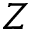
Z